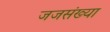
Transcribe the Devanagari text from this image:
जजसंख्या